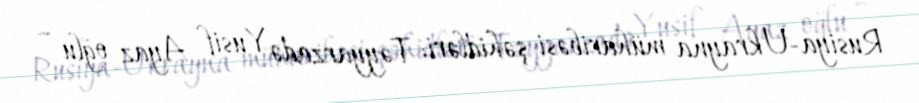
Rusiya-Ukrayna müharibəsi şəhidləri: Təyyarzadə Yusif Ayaz oğlu –